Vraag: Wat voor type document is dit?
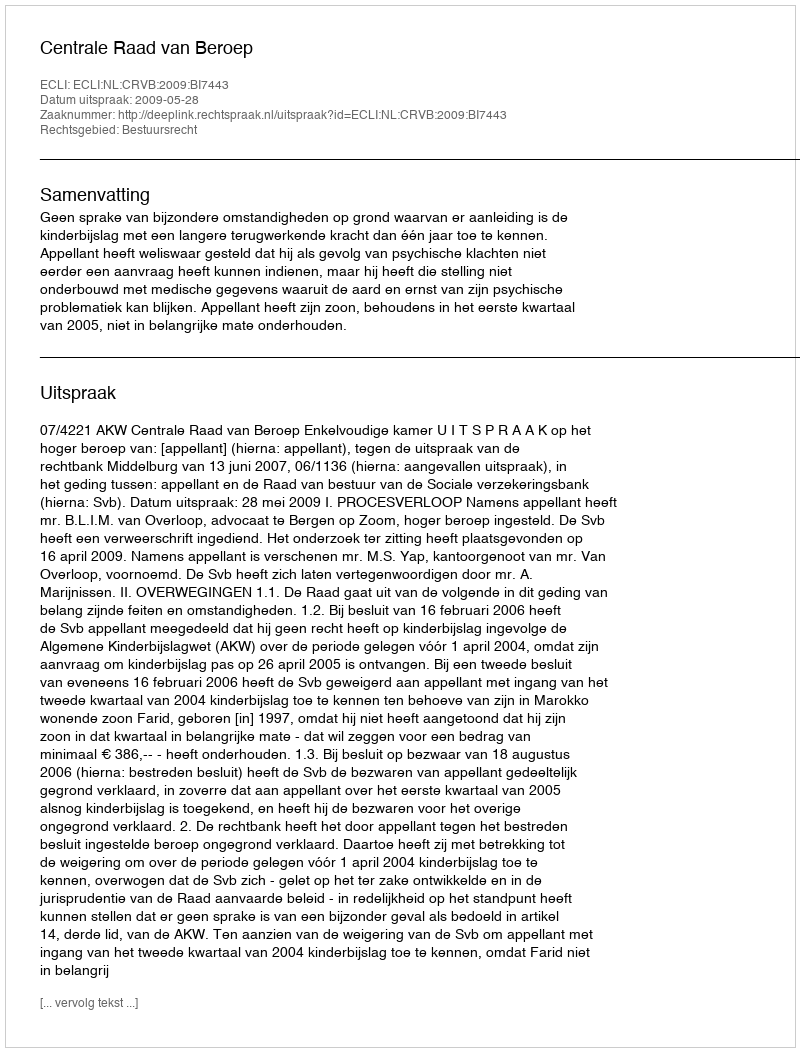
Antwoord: Uitspraak